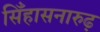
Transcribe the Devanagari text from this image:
सिँहासनारुढ़